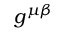
g ^ { \mu \beta }